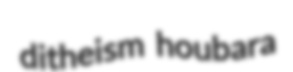
ditheism houbara